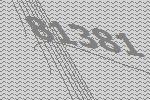
81381